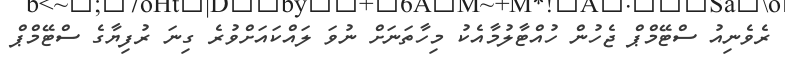
ރެވެނިއު ސްޓޭމްޕް ޖެހުން ހުއްޓާލުމާއެކު މިހާތަނަށް ނުވަ ލައްކައަށްވުރެ ގިނަ ރުފިޔާގެ ސްޓޭމްޕް